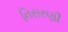
નિસરણી